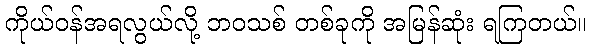
ကိုယ်ဝန်အရလွယ်လို့ ဘဝသစ် တစ်ခုကို အမြန်ဆုံး ရကြတယ်။